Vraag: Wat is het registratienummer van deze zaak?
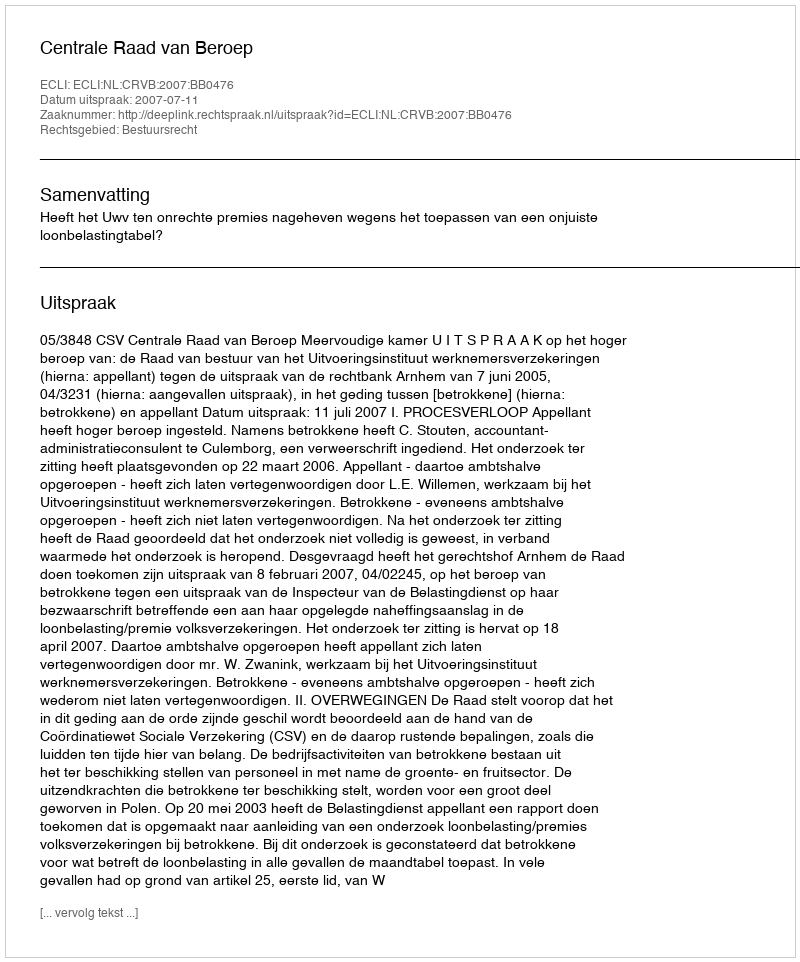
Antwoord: http://deeplink.rechtspraak.nl/uitspraak?id=ECLI:NL:CRVB:2007:BB0476